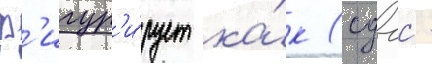
ф'игур'и́рует ка́к (сдгс -